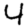
Digit: 4